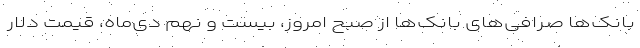
بانک‌ها صرافی‌های بانک‌ها از صبح امروز، بیست و نهم دی‌ماه، قیمت دلار